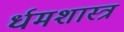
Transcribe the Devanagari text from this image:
र्धमशास्त्र